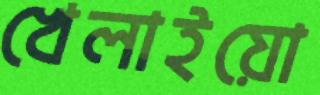
খেলাইয়ো